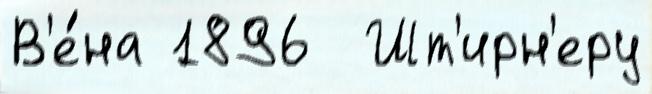
В'е́на 1896  Шт'ирн'еру